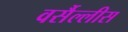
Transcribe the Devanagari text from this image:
वर्सैल्लीस